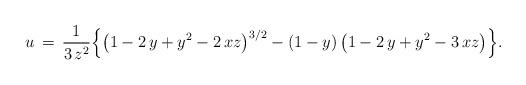
LaTeX: \begin{align*}u\,=\,\frac{1}{3\,z^2}\Big\{\big(1-2\,y+y^2-2\,xz\big)^{3/2}-(1-y)\,\big(1-2\,y+y^2-3\,xz\big)\Big\}.\end{align*}